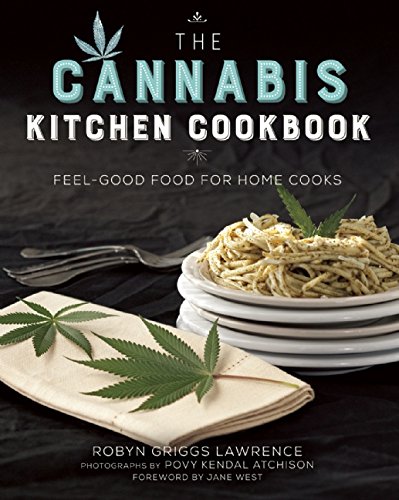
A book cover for The Cannabis Kitchen Cookbook: Feel-Good Food for Home Cooks; Robyn Griggs Lawrence; Cookbooks, Food & Wine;